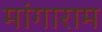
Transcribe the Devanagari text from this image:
मांगाराम